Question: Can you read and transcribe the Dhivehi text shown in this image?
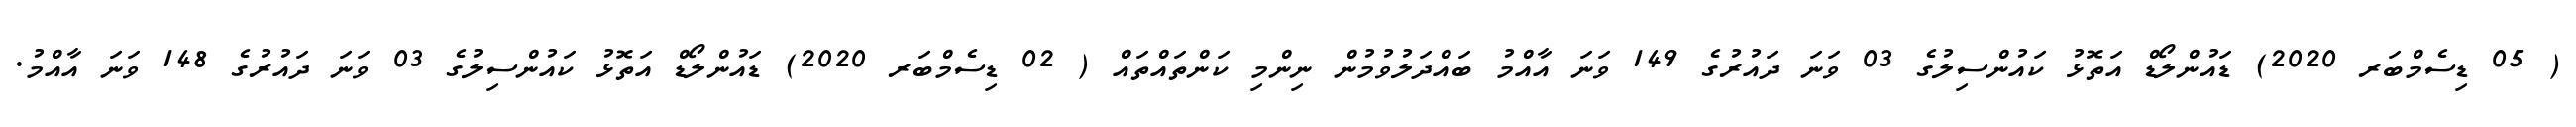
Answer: ( 05 ޑިސެމްބަރ 2020) ޑައުންލޯޑް އަތޮޅު ކައުންސިލުގެ 03 ވަނަ ދައުރުގެ 149 ވަނަ އާއްމު ބައްދަލުވުމުން ނިންމި ކަންތައްތައް ( 02 ޑިސެމްބަރ 2020) ޑައުންލޯޑް އަތޮޅު ކައުންސިލުގެ 03 ވަނަ ދައުރުގެ 148 ވަނަ އާއްމު.